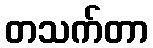
တသက်တာ